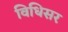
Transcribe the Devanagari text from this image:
विधिसर